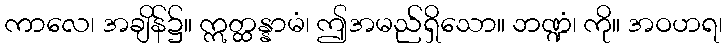
ကာလေ၊ အချိန်၌။ ဣတ္ထန္နာမံ၊ ဤအမည်ရှိသော။ ဘဏ္ဍံ၊ ကို။ အဝဟရ၊